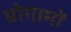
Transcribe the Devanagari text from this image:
प्रोगामों